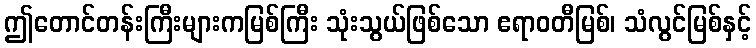
ဤတောင်တန်းကြီးများကမြစ်ကြီး သုံးသွယ်ဖြစ်သော ဧရာဝတီမြစ်၊ သံလွင်မြစ်နှင့်